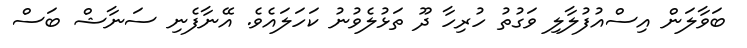
ބަވާލަން އިސްއުފުލާލި ވަގުތު ހުރިހާ ދޫ ތަޅުލެވުނު ކަހަލައެވެ. އޭނާފެނި ސަނާޝް ބަސް